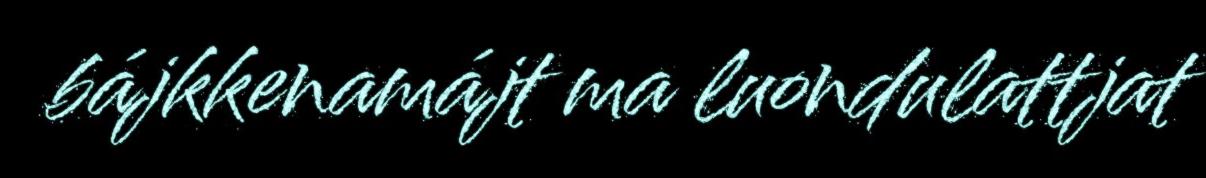
bájkkenamájt ma luondulattjat